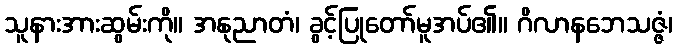
သူနားအားဆွမ်းကို။ အနုညာတံ၊ ခွင့်ပြုတော်မူအပ်၏။ ဂိလာနဘေသဇ္ဇံ၊